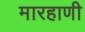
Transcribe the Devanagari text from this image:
मारहाणी